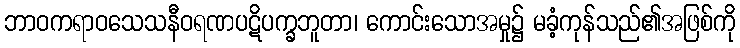
ဘာဝကရာဝသေသနီဝရဏပဋိပက္ခဘူတာ၊ ကောင်းသောအမှု၌ မခံ့ကုန်သည်၏အဖြစ်ကို